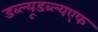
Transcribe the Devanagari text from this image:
डब्ल्यूडब्ल्यएफ